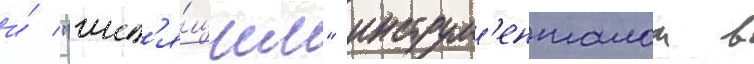
и́ "шип'я́щим" инструм'енталом в